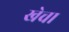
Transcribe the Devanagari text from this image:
खेचा